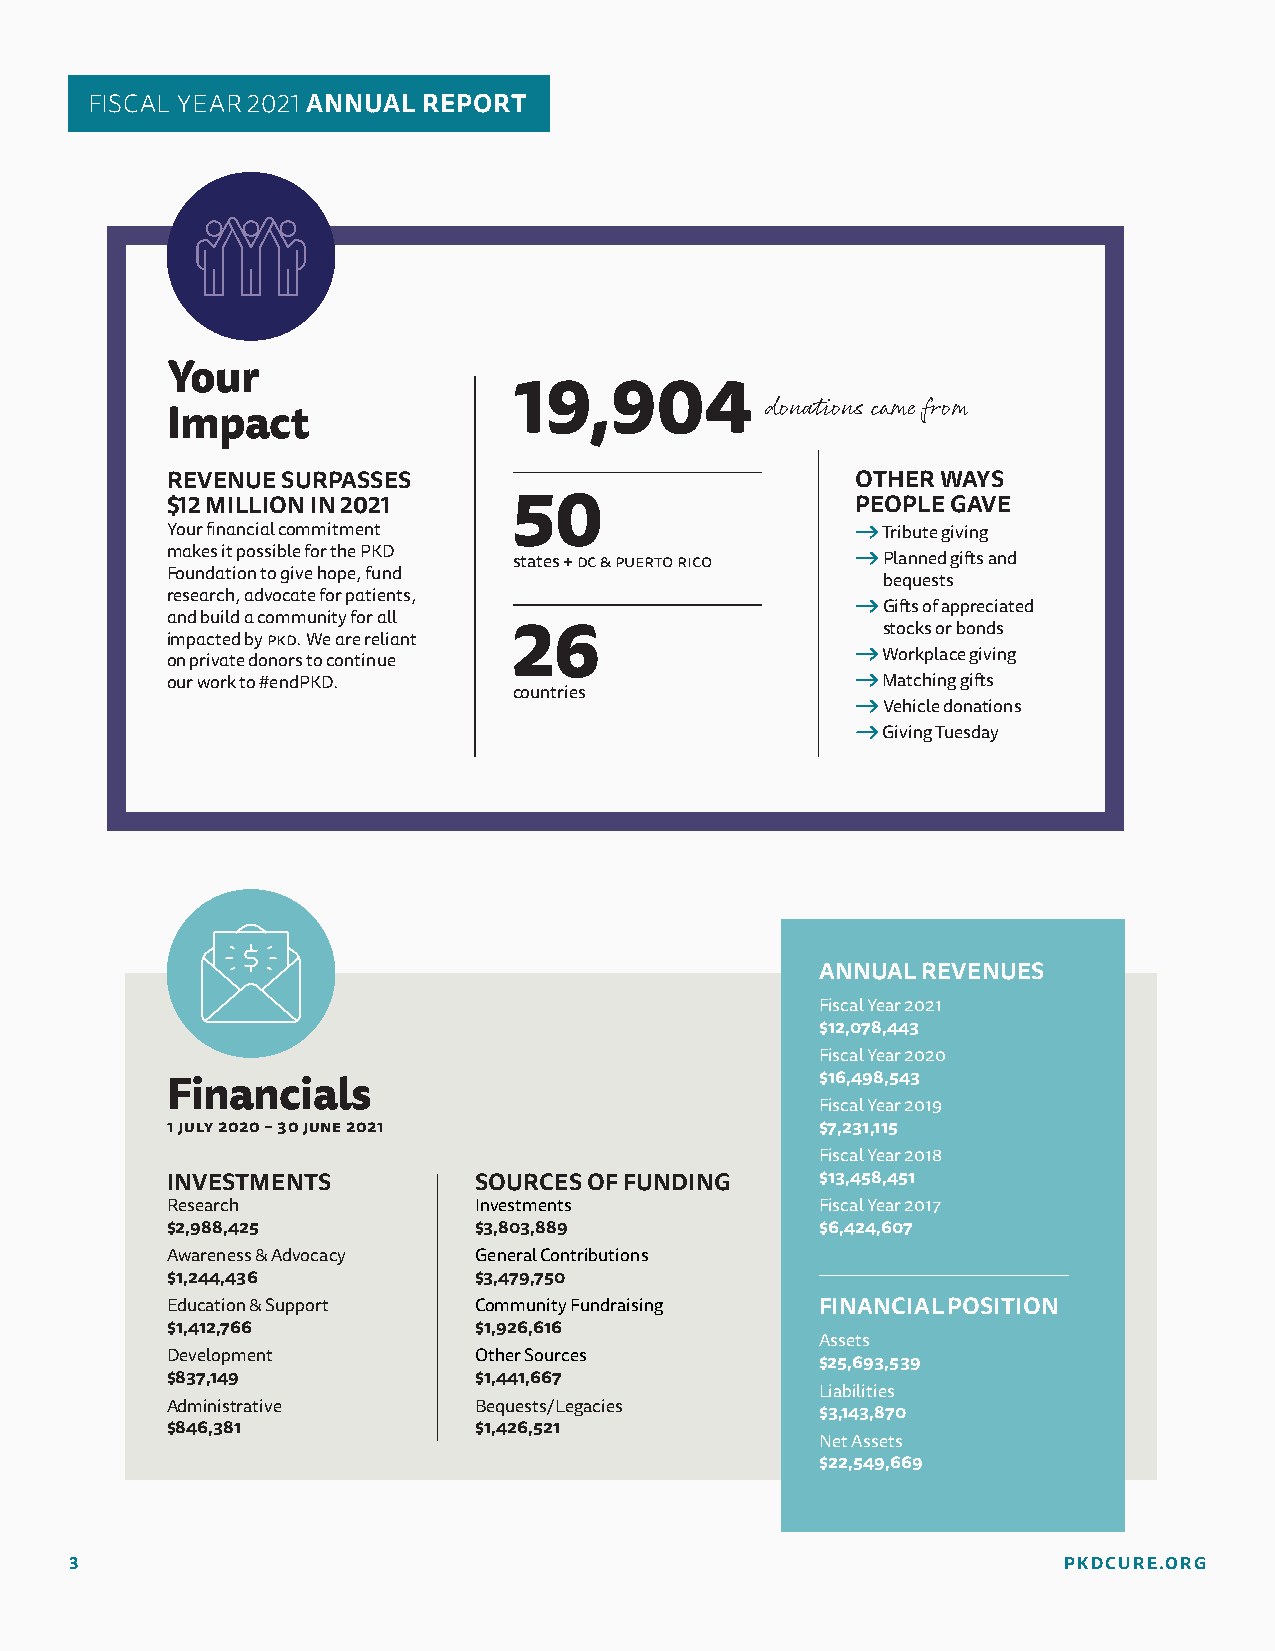
FISCAL YEAR 2021 ANNUAL REPORT
 Your
 19,904
 donations came from
 Impact
 REVENUE SURPASSES                             OTHER WAYS
 $12 MILLION IN 2021    50                     PEOPLE GAVE
 Your financial commitment                      Tribute giving
 makes it possible for the PKD
 states + dC & puerTo riCo Planned gifts and
 Foundation to give hope, fund
 bequests
 research, advocate for patients,
 Gifts of appreciated
 and build a community for all
 stocks or bonds
 impacted by pkd. We are reliant 26
 Workplace giving
 on private donors to continue
 our work to #endPKD.                           Matching gifts
 countries
 Vehicle donations
 Giving Tuesday
 ANNUAL REVENUES
 Fiscal Year 2021
 $12,078,443
 Fiscal Year 2020
 $16,498,543
 Financials
 Fiscal Year 2019
 1 JULY 2020 – 30 JUNE 2021                 $7,231,115
 Fiscal Year 2018
 INVESTMENTS         SOURCES OF FUNDING     $13,458,451
 Research            Investments            Fiscal Year 2017
 $2,988,425          $3,803,889             $6,424,607
 Awareness & Advocacy General Contributions
 $1,244,436          $3,479,750
 Education & Support Community Fundraising  FINANCIAL POSITION
 $1,412,766          $1,926,616
 Assets
 Development         Other Sources
 $25,693,539
 $837,149            $1,441,667
 Liabilities
 Administrative      Bequests/Legacies
 $3,143,870
 $846,381            $1,426,521
 Net Assets
 $22,549,669
 3                                                                PKDCURE.ORG